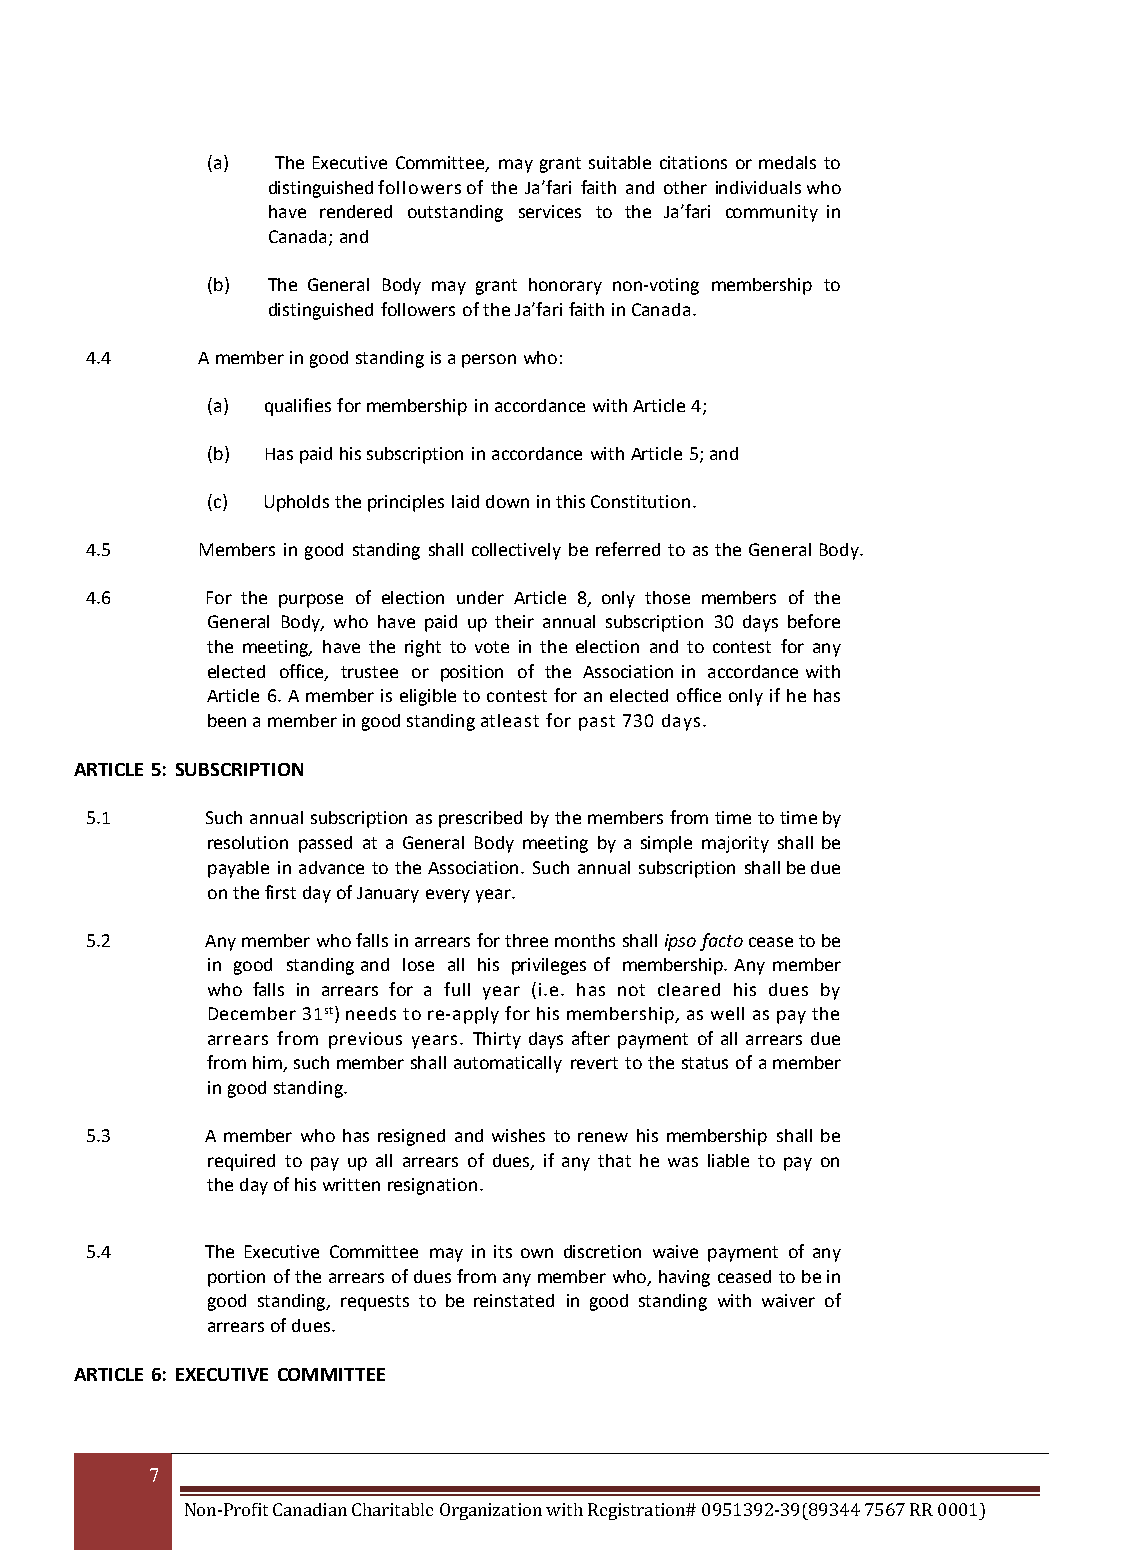
(a) The Executive Committee, may grant suitable citations or medals to
 distinguished followers of the Ja’fari faith and other individuals who
 have rendered outstanding services to the Ja’fari community in
 Canada; and
 (b) The General Body may grant honorary non-voting membership to
 distinguished followers of the Ja’fari faith in Canada.
 4.4    A member in good standing is a person who:
 (a) qualifies for membership in accordance with Article 4;
 (b) Has paid his subscription in accordance with Article 5; and
 (c) Upholds the principles laid down in this Constitution.
 4.5    Members in good standing shall collectively be referred to as the General Body.
 4.6     For the purpose of election under Article 8, only those members of the
 General Body, who have paid up their annual subscription 30 days before
 the meeting, have the right to vote in the election and to contest for any
 elected office, trustee or position of the Association in accordance with
 Article 6. A member is eligible to contest for an elected office only if he has
 been a member in good standing atleast for past 730 days.
 ARTICLE 5: SUBSCRIPTION
 5.1     Such annual subscription as prescribed by the members from time to time by
 resolution passed at a General Body meeting by a simple majority shall be
 payable in advance to the Association. Such annual subscription shall be due
 on the first day of January every year.
 5.2     Any member who falls in arrears for three months shall ipso facto cease to be
 in good standing and lose all his privileges of membership. Any member
 who falls in arrears for a full year (i.e. has not cleared his dues by
 December 31st) needs to re-apply for his membership, as well as pay the
 arrears from previous years. Thirty days after payment of all arrears due
 from him, such member shall automatically revert to the status of a member
 in good standing.
 5.3     A member who has resigned and wishes to renew his membership shall be
 required to pay up all arrears of dues, if any that he was liable to pay on
 the day of his written resignation.
 5.4     The Executive Committee may in its own discretion waive payment of any
 portion of the arrears of dues from any member who, having ceased to be in
 good standing, requests to be reinstated in good standing with waiver of
 arrears of dues.
 ARTICLE 6: EXECUTIVE COMMITTEE
 7
 Non-Profit Canadian Charitable Organization with Registration# 0951392-39(89344 7567 RR 0001)